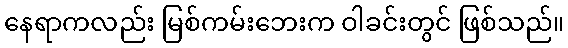
နေရာကလည်း မြစ်ကမ်းဘေးက ဝါခင်းတွင် ဖြစ်သည်။